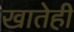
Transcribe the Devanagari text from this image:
खातेही